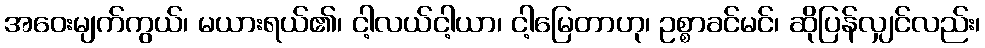
အဝေးမျက်ကွယ်၊ မယားရယ်၏၊ ငါ့လယ်ငါ့ယာ၊ ငါ့မြေတာဟု၊ ဥစ္စာခင်မင်၊ ဆိုပြန်လျှင်လည်း၊